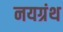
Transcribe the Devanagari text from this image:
नयग्रंथ